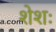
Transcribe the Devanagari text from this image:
शेशः